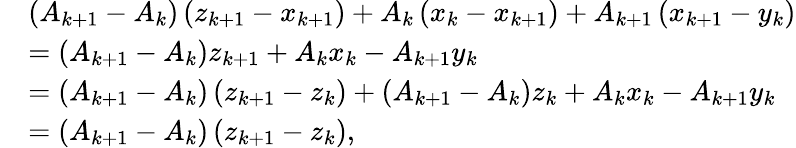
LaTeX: \begin{array}{rl}&{\left(A_{k+1}-A_{k}\right)\left(z_{k+1}-x_{k+1}\right)+A_{k}\left(x_{k}-x_{k+1}\right)+A_{k+1}\left(x_{k+1}-y_{k}\right)}\\ &{=\left(A_{k+1}-A_{k}\right)z_{k+1}+A_{k}x_{k}-A_{k+1}y_{k}}\\ &{=\left(A_{k+1}-A_{k}\right)\left(z_{k+1}-z_{k}\right)+\left(A_{k+1}-A_{k}\right)z_{k}+A_{k}x_{k}-A_{k+1}y_{k}}\\ &{=\left(A_{k+1}-A_{k}\right)\left(z_{k+1}-z_{k}\right),}\end{array}